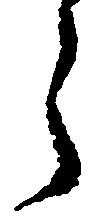
う